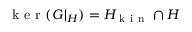
\mathrm { ~ k ~ e ~ r ~ } ( G \vert _ { H } ) = H _ { \mathrm { ~ k ~ i ~ n ~ } } \cap H